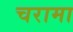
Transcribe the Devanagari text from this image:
चरामा